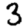
Digit: 3